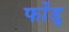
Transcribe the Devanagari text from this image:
फोंडू